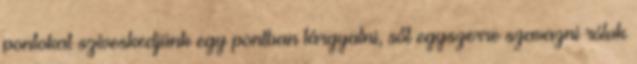
pontokat szíveskedjünk egy pontban tárgyalni, sőt egyszerre szavazni róluk